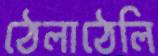
ঠেলাঠেলি